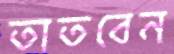
তাতবেন